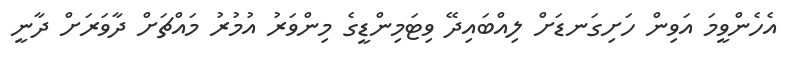
އެހެންވީމަ އަވިން ހަށިގަނޑަށް ލިއްބައިދޭ ވިޓަމިންޑީގެ މިންވަރު އުމުރު މައްޗަށް ދާވަރަށް ދާނީ